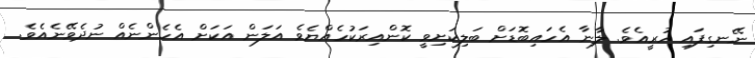
ނޭނގިފައި ހުރީއެވެ. ލާނާ އެހައިބޮޑަށް ބަލިކަށިވީ ކޮންއިރަކުހެއްޔެވެ އަލަން އަކަށް އެހެންނެއް ނުދެވޭނެއެވެ.